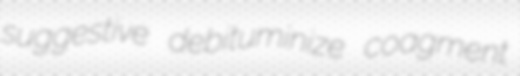
suggestive debituminize coagment